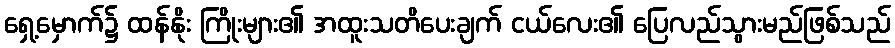
ရှေ့မှောက်၌ ထန်နိုး ကြိုးများ၏ အထူးသတိပေးချက် ငယ်လေး၏ ပြေလည်သွားမည်ဖြစ်သည်